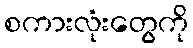
စကားလုံးတွေကို